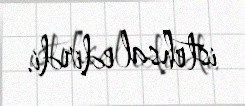
istehsal edirdi.